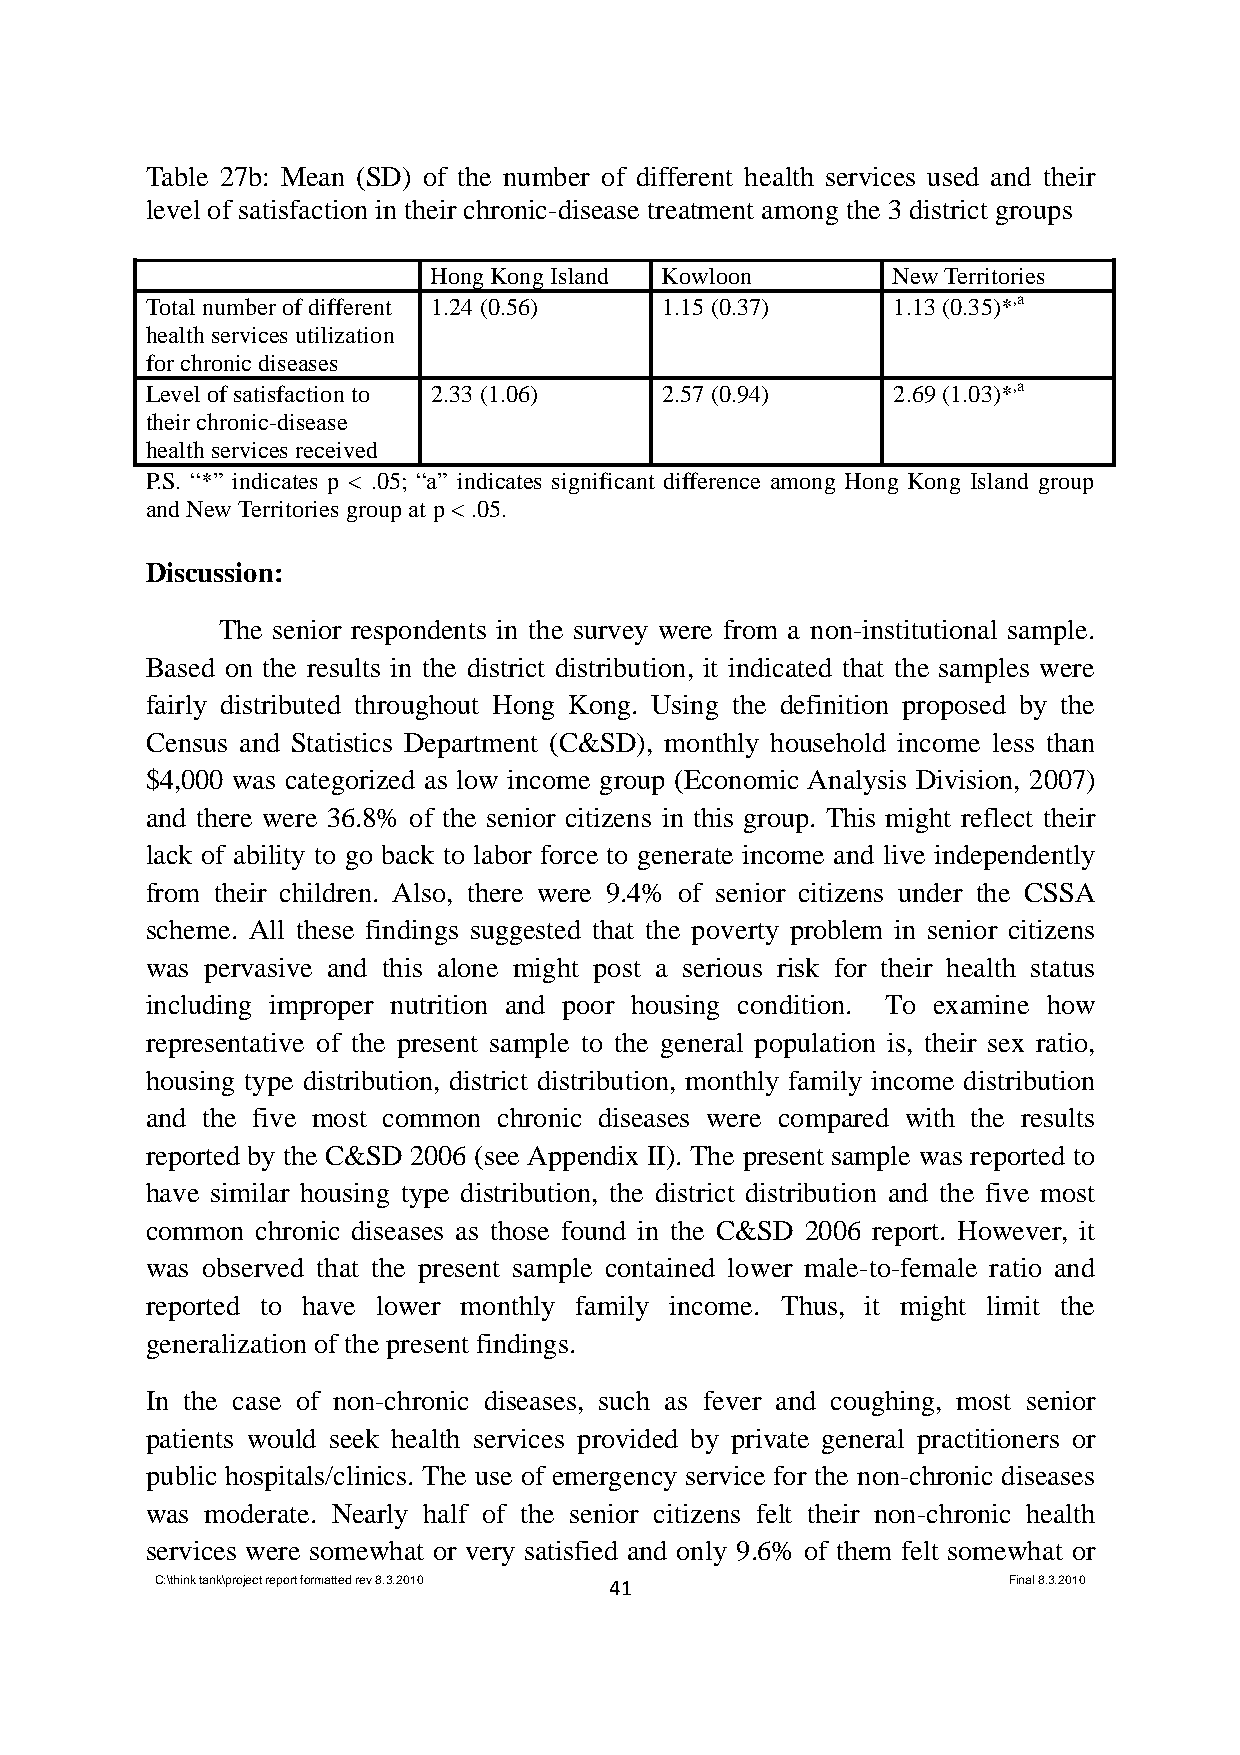
Table 27b: Mean (SD) of the number of different health services used and their
 level of satisfaction in their chronic-disease treatment among the 3 district groups
 Hong Kong Island Kowloon      New Territories
 Total number of different 1.24 (0.56) 1.15 (0.37) 1.13 (0.35)*,a
 health services utilization
 for chronic diseases
 Level of satisfaction to 2.33 (1.06) 2.57 (0.94) 2.69 (1.03)*,a
 their chronic-disease
 health services received
 P.S. “*” indicates p < .05; “a” indicates significant difference among Hong Kong Island group
 and New Territories group at p < .05.
 Discussion:
 The senior respondents in the survey were from a non-institutional sample.
 Based on the results in the district distribution, it indicated that the samples were
 fairly distributed throughout Hong Kong. Using the definition proposed by the
 Census and Statistics Department (C&SD), monthly household income less than
 $4,000 was categorized as low income group (Economic Analysis Division, 2007)
 and there were 36.8% of the senior citizens in this group. This might reflect their
 lack of ability to go back to labor force to generate income and live independently
 from their children. Also, there were 9.4% of senior citizens under the CSSA
 scheme. All these findings suggested that the poverty problem in senior citizens
 was pervasive and this alone might post a serious risk for their health status
 including improper nutrition and poor housing condition. To examine how
 representative of the present sample to the general population is, their sex ratio,
 housing type distribution, district distribution, monthly family income distribution
 and the five most common chronic diseases were compared with the results
 reported by the C&SD 2006 (see Appendix II). The present sample was reported to
 have similar housing type distribution, the district distribution and the five most
 common chronic diseases as those found in the C&SD 2006 report. However, it
 was observed that the present sample contained lower male-to-female ratio and
 reported to have lower monthly family income. Thus, it might limit the
 generalization of the present findings.
 In the case of non-chronic diseases, such as fever and coughing, most senior
 patients would seek health services provided by private general practitioners or
 public hospitals/clinics. The use of emergency service for the non-chronic diseases
 was moderate. Nearly half of the senior citizens felt their non-chronic health
 services were somewhat or very satisfied and only 9.6% of them felt somewhat or
 C:\think tank\project report formatted rev 8.3.2010 41   Final 8.3.2010